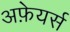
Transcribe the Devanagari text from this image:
अफ़ेयर्स